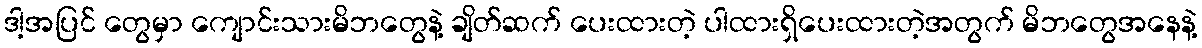
ဒါ့အပြင် တွေမှာ ကျောင်းသားမိဘတွေနဲ့ ချိတ်ဆက် ပေးထားတဲ့ ပါထားရှိပေးထားတဲ့အတွက် မိဘတွေအနေနဲ့